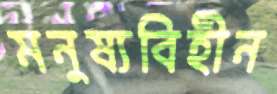
মনুষ্যবিহীন